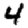
Digit: 4